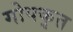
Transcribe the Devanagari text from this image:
गोपकृत